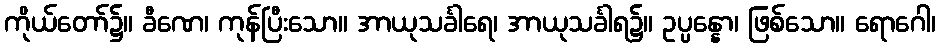
ကိုယ်တော်၌။ ခီဏေ၊ ကုန်ပြီးသော။ အာယုသင်္ခါရေ၊ အာယုသင်္ခါရ၌။ ဥပ္ပန္နော၊ ဖြစ်သော။ ရောဂေါ၊